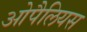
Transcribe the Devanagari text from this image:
ओपैलियस